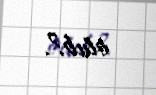
olub?.